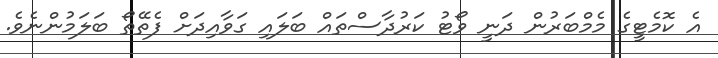
އެ ކޮމެޓީގެ މެމްބަރުން ދަނީ ވޯޓު ކަރުދާސްތައް ބަލައި ގަވާއިދަށް ފެތޭތޯ ބަލަމުންނެވެ.